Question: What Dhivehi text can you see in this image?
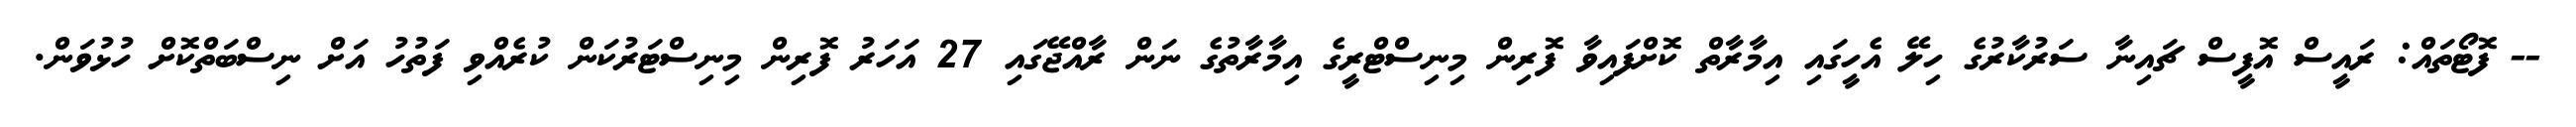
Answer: -- ފޮޓޯތައް: ރައީސް އޮފީސް ޗައިނާ ސަރުކާރުގެ ހިލޭ އެހީގައި އިމާރާތް ކޮށްފައިވާ ފޮރިން މިނިސްޓްރީގެ އިމާރާތުގެ ނަން ރާއްޖޭގައި 27 އަހަރު ފޮރިން މިނިސްޓަރުކަން ކުރެއްވި ފަތުހު އަށް ނިސްބަތްކޮށް ހުޅުވަން.